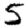
Digit: 5